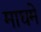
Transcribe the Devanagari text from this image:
माघमे